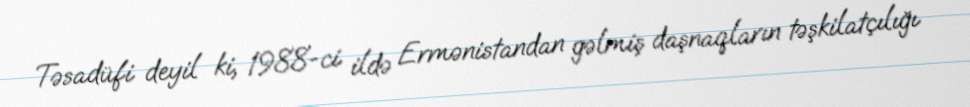
Təsadüfi deyil ki, 1988-ci ildə Ermənistandan gəlmiş daşnaqların təşkilatçılığı